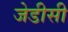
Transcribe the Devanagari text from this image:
जेडीसी